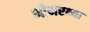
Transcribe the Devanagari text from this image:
भीमरथ्या